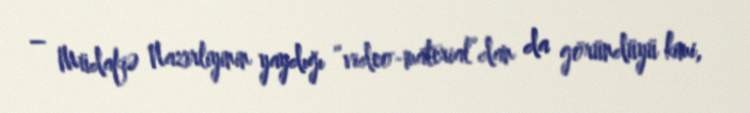
– Müdafiə Nazirliyinin yaydığı “video-material”dan da göründüyü kimi,